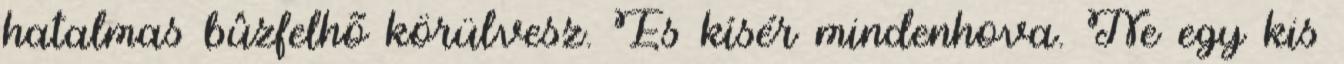
hatalmas bûzfelhõ körülvesz. És kísér mindenhova. Ne egy kis